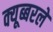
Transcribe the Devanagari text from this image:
क्यूब्बरले